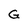
Character: G